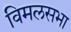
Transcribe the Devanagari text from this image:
विमलसभा